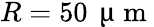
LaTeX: R=50\, \mathrm{~\textmu~m~}